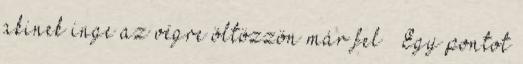
akinek inge az végre öltözzön már fel” “Egy pontot